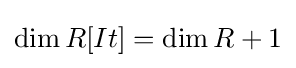
\dim R[It]=\dim R+1